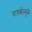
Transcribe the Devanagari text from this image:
गायकीमुळे